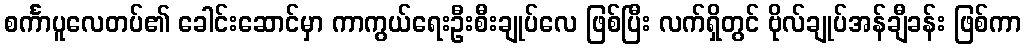
စင်္ကာပူလေတပ်၏ ခေါင်းဆောင်မှာ ကာကွယ်ရေးဦးစီးချုပ်လေ ဖြစ်ပြီး လက်ရှိတွင် ဗိုလ်ချုပ်အန်ချီခန်း ဖြစ်ကာ